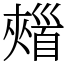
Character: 𩠣